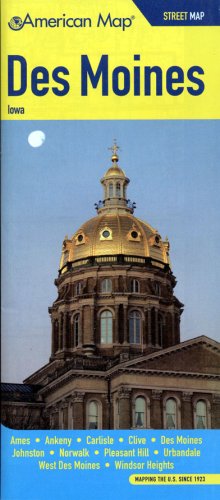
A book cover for Des Moines IA Pocket Map; American Map; Travel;